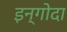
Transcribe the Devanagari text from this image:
इन्गोदा